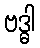
ဗဒ္ဓါ